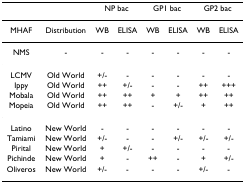
<table><thead><tr><td></td><td></td><td colspan="2"><b>NP bac</b></td><td colspan="2"><b>GP1 bac</b></td><td colspan="2"><b>GP2 bac</b></td></tr></thead><tbody><tr><td>MHAF</td><td>Distribution</td><td>WB</td><td>ELISA</td><td>WB</td><td>ELISA</td><td>WB</td><td>ELISA</td></tr><tr><td>NMS</td><td>-</td><td>-</td><td>-</td><td>-</td><td>-</td><td>-</td><td>-</td></tr><tr><td>LCMV</td><td>Old World</td><td>+/-</td><td>-</td><td>-</td><td>-</td><td>-</td><td>-</td></tr><tr><td>Ippy</td><td>Old World</td><td>++</td><td>+/-</td><td>-</td><td>-</td><td>++</td><td>+++</td></tr><tr><td>Mobala</td><td>Old World</td><td>++</td><td>++</td><td>+</td><td>+</td><td>++</td><td>++</td></tr><tr><td>Mopeia</td><td>Old World</td><td>++</td><td>++</td><td>-</td><td>+/-</td><td>+</td><td>++</td></tr><tr><td>Latino</td><td>New World</td><td>-</td><td>-</td><td>-</td><td>-</td><td>-</td><td>-</td></tr><tr><td>Tamiami</td><td>New World</td><td>+/-</td><td>-</td><td>-</td><td>+/-</td><td>+/-</td><td>+/-</td></tr><tr><td>Pirital</td><td>New World</td><td>+</td><td>+/-</td><td>-</td><td>-</td><td>-</td><td>-</td></tr><tr><td>Pichinde</td><td>New World</td><td>+</td><td>-</td><td>++</td><td>-</td><td>+</td><td>+/-</td></tr><tr><td>Oliveros</td><td>New World</td><td>+/-</td><td>-</td><td>-</td><td>-</td><td>+/-</td><td>-</td></tr></tbody></table>